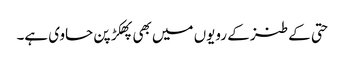
حتی کے طنز کے رویوں میں بھی پھکڑ پن حاوی ہے۔